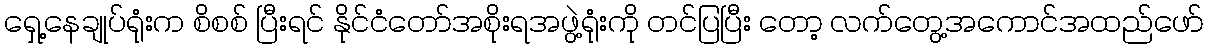
ရှေ့နေချုပ်ရုံးက စိစစ် ပြီးရင် နိုင်ငံတော်အစိုးရအဖွဲ့ရုံးကို တင်ပြပြီး တော့ လက်တွေ့အကောင်အထည်ဖော်